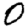
Digit: 0